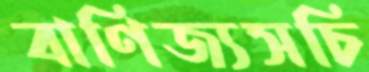
বাণিজ্যসচি